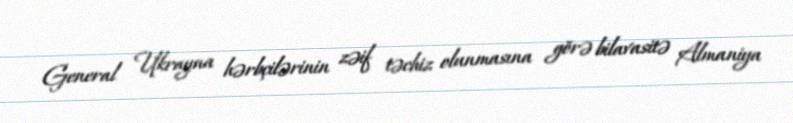
General Ukrayna hərbçilərinin zəif təchiz olunmasına görə bilavasitə Almaniya